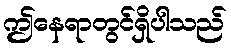
ဤနေရာတွင်ရှိပါသည်